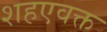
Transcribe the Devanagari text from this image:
शहएवक्त